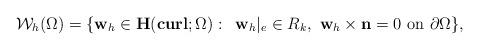
LaTeX: \begin{align*}{\displaystyle\mathcal{W}_h(\Omega)=\{\mathbf{w}_h\in \mathbf{H}(\mathbf{curl};\Omega):\,\,\, \mathbf{w}_h|_e\in R_k,\,\,\mathbf{w}_h\times \mathbf{n}=0 \,\, \hbox{on}\,\,\partial \Omega \},}\end{align*}